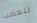
للغضب